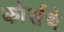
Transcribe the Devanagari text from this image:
कोर्सचे